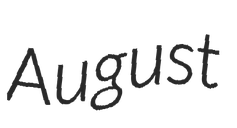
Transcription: August